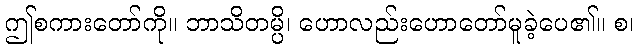
ဤစကားတော်ကို။ ဘာသိတမ္ပိ၊ ဟောလည်းဟောတော်မူခဲ့ပေ၏။ စ၊